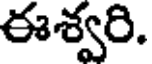
ఈశ్వరి.